Source: Handwritten
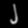
Digit: ၂ (2)